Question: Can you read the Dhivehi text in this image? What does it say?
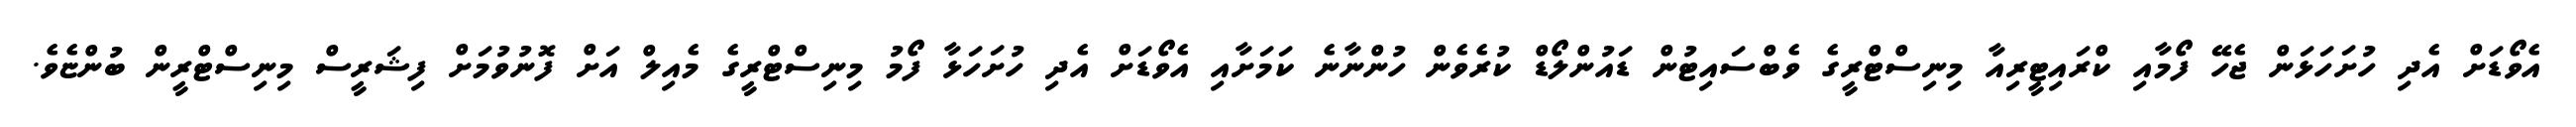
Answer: އެވޯޑަށް އެދި ހުށަހަޅަން ޖެހޭ ފޯމާއި ކްރައިޓީރިއާ މިނިސްޓްރީގެ ވެބްސައިޓުން ޑައުންލޯޑް ކުރެވެން ހުންނާނެ ކަމަށާއި އެވޯޑަށް އެދި ހުށަހަޅާ ފޯމު މިނިސްޓްރީގެ މެއިލް އަށް ފޮނުވުމަށް ފިޝަރީސް މިނިސްޓްރީން ބުންޏެވެ.